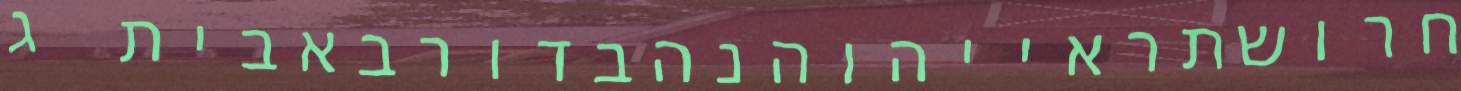
חרושתראייהוהנהבדורבאבית ג